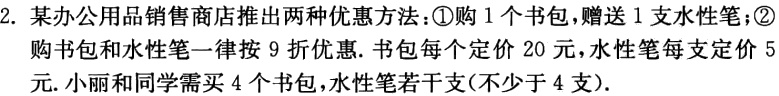
2. 某办公用品销售商店推出两种优惠方法：\textcircled{1}购 1 个书包，赠送 1 支水性笔；\textcircled{2}购书包和水性笔一律按 9 折优惠. 书包每个定价 20 元，水性笔每支定价 5 元. 小丽和同学需买 4 个书包，水性笔若干支(不少于 4 支).